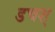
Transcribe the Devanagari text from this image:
डचश्